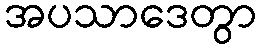
အပသာဒေတွာ